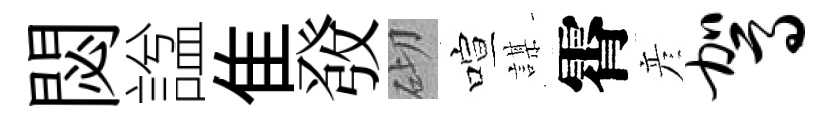
閟諡隹𤼲砌喧謀霄彦驾